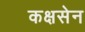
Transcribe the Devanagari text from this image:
कक्षसेन